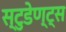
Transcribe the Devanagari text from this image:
स्टुडेण्ट्स